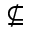
\nsubseteq